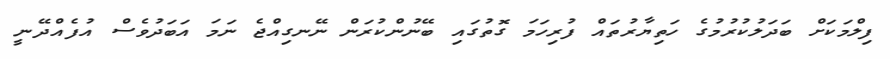
ފިލްމަކަށް ބަދަލުކުރުމުގެ ހަތިޔާރުތައް ފުރިހަމަ ގޮތުގައި ބޭނުންކުރަން ނޭނގިއްޖެ ނަމަ އަބަދުވެސް އުފެއްދޭނީ